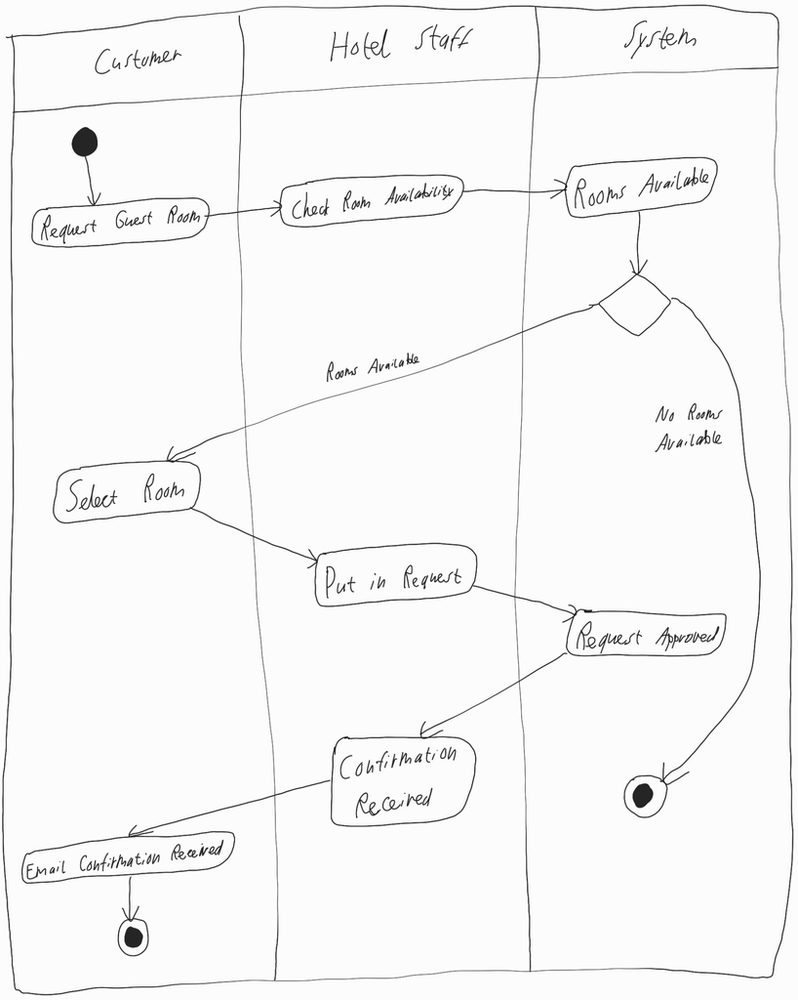
Diagram type: activity_diagram
```plantuml
@startuml

|Customer|

start

:Request Guest Room;

|Hotel Staff|

:Check Room Availability;

|System|

:Rooms Available;

if () then (Rooms Available)
  |Customer|
  :Select Room;

  |Hotel Staff|
  :Put in Request;

  |System|
  :Request Approved;

  |Hotel Staff|
  :Confirmation Received;

  |Customer|
  :Email Confirmation Received;

  stop

else (No Rooms Available)
  |System|
  stop
endif

@enduml
```